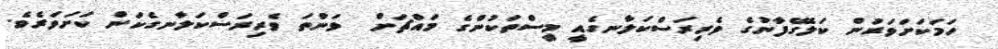
ހަމަކަށަވަރުން ކަލޭގެފާނުގެ ވެރިރަސްކަލާނގެއީ މީސްތަކުންގެ މައްޗަށް  ވަންތަ ވެރިރަސްކަލާނގެކަން ކަށަވަރެވެ.